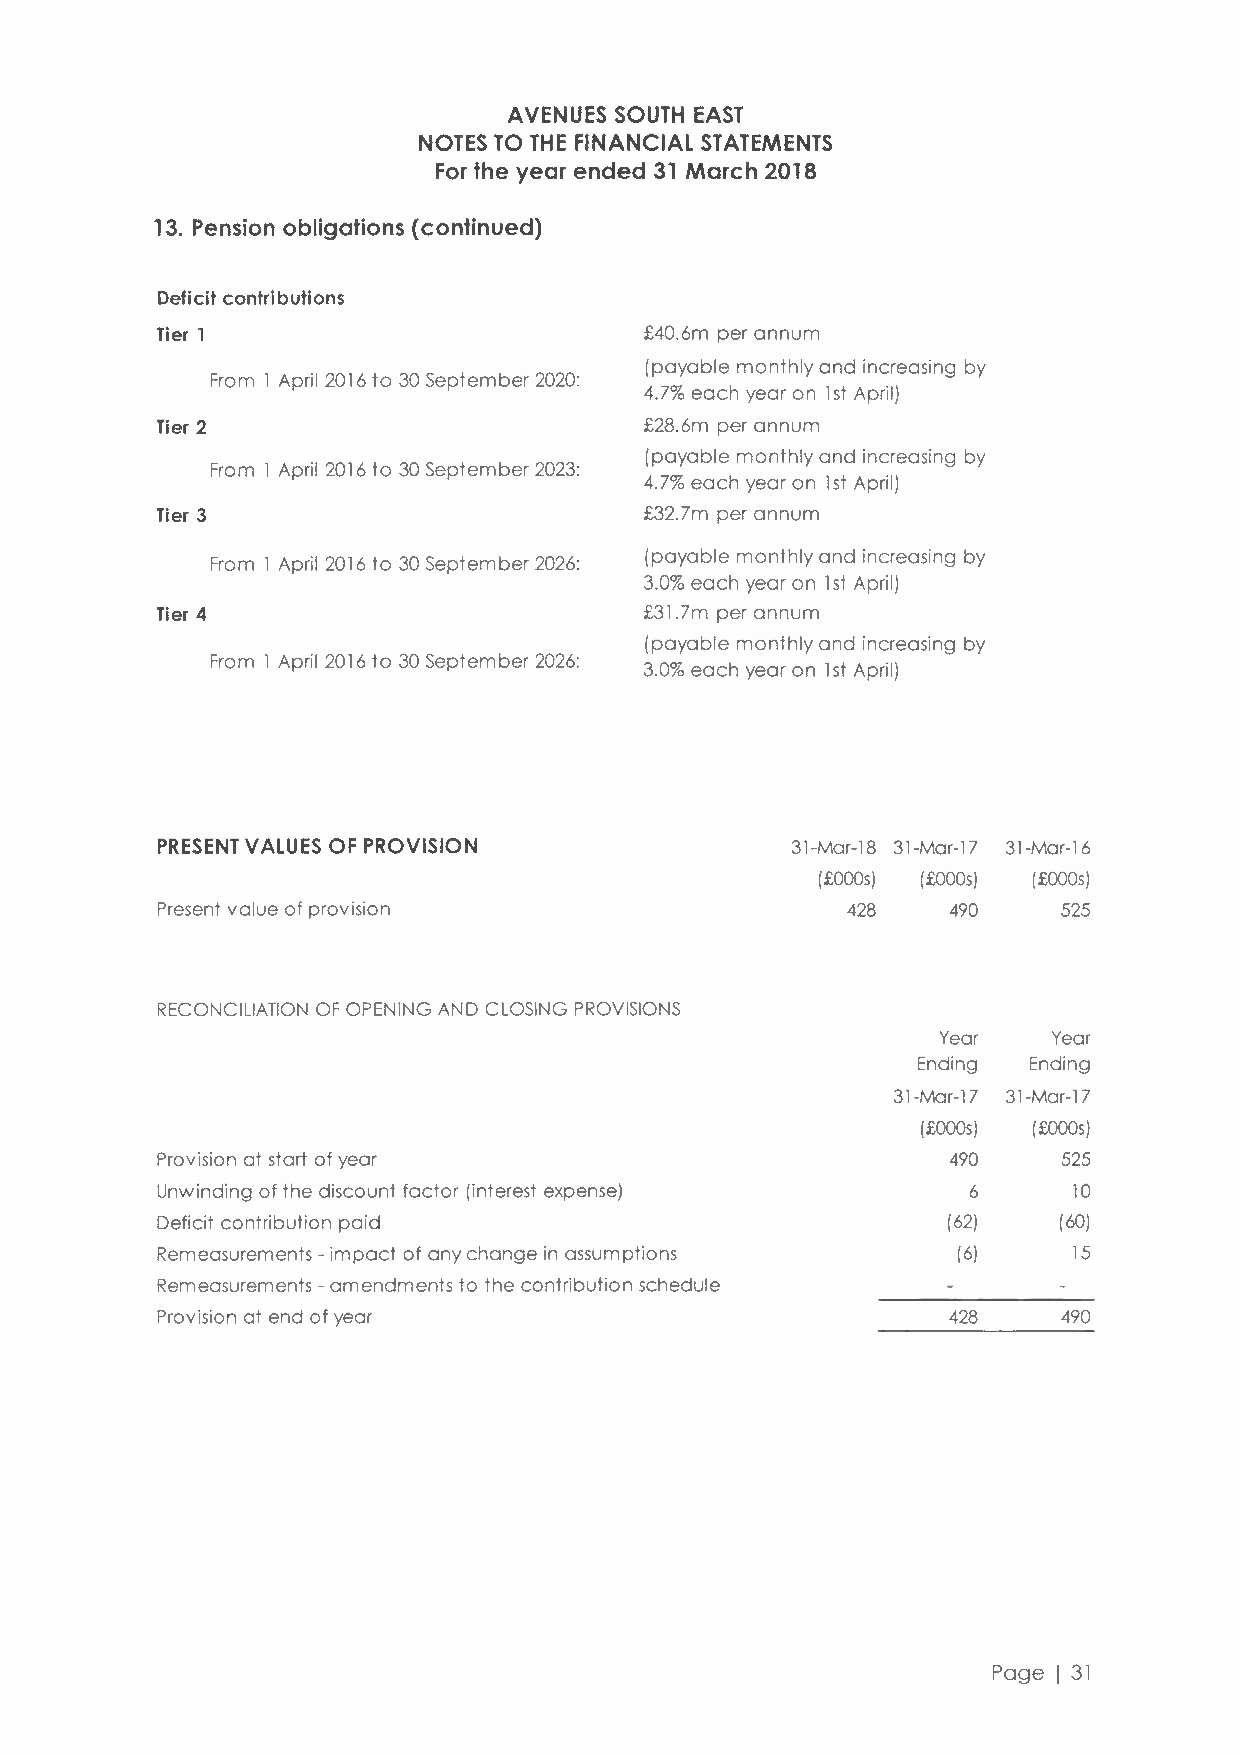
AVENUES SOUTH EAST
 NOTES TO THE FINANCIAL STATEMENTS
 For the year ended 31 March 2018
 13. Pension obligations (continued)
 Deficit contributions
 Tier 1                           £40.6m per annum
 (payable monthly and increasing by
 From 1 April2016 to 30 September 2020:
 4.7% each year on 1st April)
 Tier 2                           £28.6m per annum
 (payable monthly and increasing by
 From 1 April 2016 to 30 September 2023:
 4.7% each year on 1st April)
 Tier 3                           £32.7m per annum
 (payable monthly and increasing by
 From 1 April 2016 to 30 September 2026:
 3.0% each year on 1 st April)
 Tier 4                           £31.7m per annum
 (payable monthly and increasing by
 From 1 April 2016 to 30 September 2026:
 3.0% each year on 1 st April)
 PRESENT VALUES OF PROVISION               31-Mar-1831-Mar-17 31-Mar-16
 (£OOOs) (£OOOs) (£OOOs)
 Present value of provision                    428    490    525
 RECONCILIATION OF OPENING AND CLOSING PROVISIONS
 Year    Year
 Ending Ending
 31-Mar-17 31-Mar-17
 (£OOOs) (£OOOs)
 Provision at start of year                           490    525
 Unwinding of the discount factor (interest expense)   6      10
 Deficit contribution paid                            (62)   (60)
 Remeasurements - impact of any change in assumptions (6)     15
 Remeasurements - amendments to the contribution schedule
 Provision at end of year                             428    490
 Page I 31